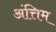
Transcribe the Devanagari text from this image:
अंत्तिम